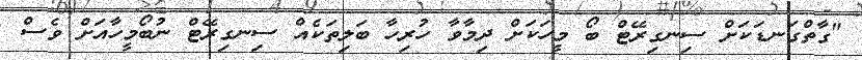
"ގާތްގަނޑަކަށް ސިނގިރޭޓް ބޯ މީހަކަށް ދިމާވާ ހުރިހާ ބަލިތަކެއް ސިނގިރޭޓް ނުބޯމީހާއަށް ވެސް